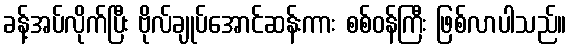
ခန့်အပ်လိုက်ပြီး ဗိုလ်ချုပ်အောင်ဆန်းကား စစ်ဝန်ကြီး ဖြစ်လာပါသည်။